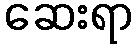
ဆေးရာ